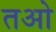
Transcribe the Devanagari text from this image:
तओ